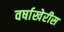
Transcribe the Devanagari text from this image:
वर्षाखेरीस